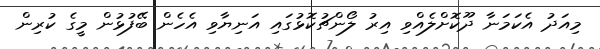
މިއަދު އެކަމަނާ ދޫކޮށްލެއްވި އިރު ލޯންޗުކޮޅުގައި އަނިޔާވި އެހެން ބޭފުޅުން މީގެ ކުރިން